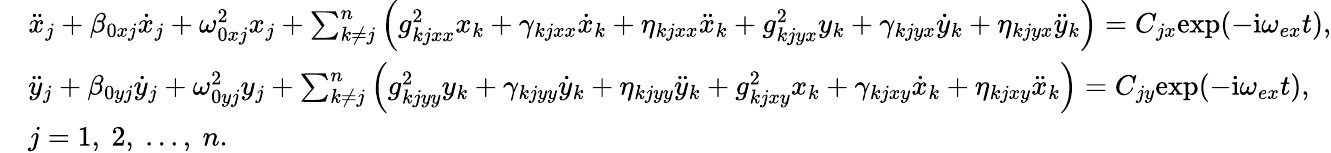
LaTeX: \begin{array}{rl}&{\ddot{x}_{j}+\beta_{0xj}\dot{x}_{j}+\omega_{0xj}^{2}x_{j}+\sum_{k\neq j}^{n}\left(g_{kjxx}^{2}x_{k}+\gamma_{kjxx}\dot{x}_{k}+\eta_{kjxx}\ddot{x}_{k}+g_{kjyx}^{2}y_{k}+\gamma_{kjyx}\dot{y}_{k}+\eta_{kjyx}\ddot{y}_{k}\right)=C_{jx}\mathrm{exp}(-\mathrm{i}\omega_{ex}t),}\\ &{\ddot{y}_{j}+\beta_{0yj}\dot{y}_{j}+\omega_{0yj}^{2}y_{j}+\sum_{k\neq j}^{n}\left(g_{kjyy}^{2}y_{k}+\gamma_{kjyy}\dot{y}_{k}+\eta_{kjyy}\ddot{y}_{k}+g_{kjxy}^{2}x_{k}+\gamma_{kjxy}\dot{x}_{k}+\eta_{kjxy}\ddot{x}_{k}\right)=C_{jy}\mathrm{exp}(-\mathrm{i}\omega_{ex}t),}\\ &{j=1,~2,~...,~n.}\end{array}